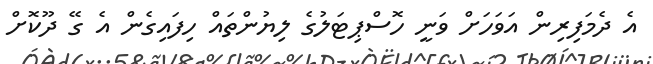
އެ ދެމަފިރިން އަވަަހަށް ވަނީ ހޮސްޕިޓަލުގެ ލިޔުންތައް ހިފައިގެން އެ ގޭ ދޫކޮށް